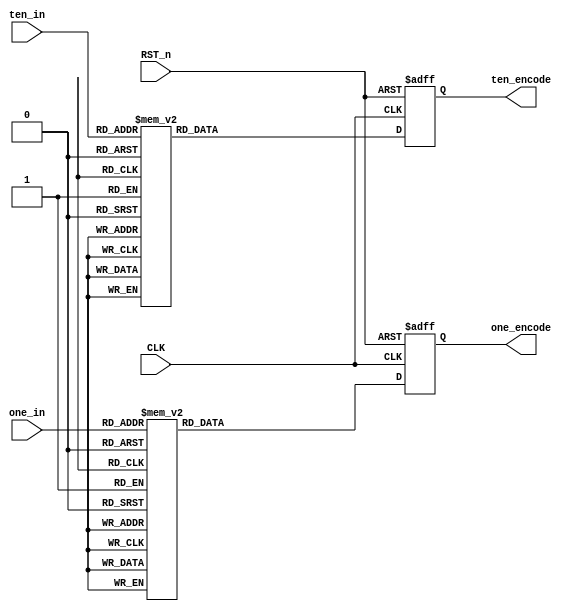
`timescale 1ns / 1ps
//////////////////////////////////////////////////////////////////////////////////
// Company: 
// Engineer: 
// 
// Design Name: 
// Module Name:    smg_encode_mod 
// Project Name: 
// Target Devices: 
// Tool versions: 
// Description: 
//
// Dependencies: 
//
// Revision: 
// Revision 0.01 - File Created
// Additional Comments: 
//
//////////////////////////////////////////////////////////////////////////////////
module smg_encode_mod(
    CLK,
    RST_n,
    ten_in,
    one_in,
    ten_encode,
    one_encode
    );

    input  CLK;
    input  RST_n;
    input  [3:0] ten_in;
    input  [3:0] one_in;
    output reg [7:0] ten_encode;
    output reg [7:0] one_encode;
    
    // -- 
    parameter _0 = 8'b1100_0000;
    parameter _1 = 8'b1111_1001;
    parameter _2 = 8'b1010_0100;
    parameter _3 = 8'b1011_0000;
    parameter _4 = 8'b1001_1001;
    parameter _5 = 8'b1001_0010;
    parameter _6 = 8'b1000_0010;
    parameter _7 = 8'b1111_1000;
    parameter _8 = 8'b1000_0000;
    parameter _9 = 8'b1001_0000;
    
    parameter _nodisplay = 8'b1111_1111;

    
    always @(posedge CLK or negedge RST_n) begin
        if (!RST_n) begin
            ten_encode <= _nodisplay;
        end
        else begin
            case (ten_in)
                4'd0 : ten_encode <= _0;
                4'd1 : ten_encode <= _1;
                4'd2 : ten_encode <= _2;
                4'd3 : ten_encode <= _3;
                4'd4 : ten_encode <= _4;
                4'd5 : ten_encode <= _5;
                4'd6 : ten_encode <= _6;
                4'd7 : ten_encode <= _7;
                4'd8 : ten_encode <= _8;
                4'd9 : ten_encode <= _9;
                default: ten_encode <= _nodisplay;
            endcase
        end
    end

    always @(posedge CLK or negedge RST_n) begin
        if (!RST_n) begin
            one_encode <= _nodisplay;
        end
        else begin
            case (one_in)
                4'd0 : one_encode <= _0;
                4'd1 : one_encode <= _1;
                4'd2 : one_encode <= _2;
                4'd3 : one_encode <= _3;
                4'd4 : one_encode <= _4;
                4'd5 : one_encode <= _5;
                4'd6 : one_encode <= _6;
                4'd7 : one_encode <= _7;
                4'd8 : one_encode <= _8;
                4'd9 : one_encode <= _9;
                default: one_encode <= _nodisplay;
            endcase
        end
    end

endmodule